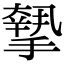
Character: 𢴷